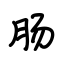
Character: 肠